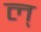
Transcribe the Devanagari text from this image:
ल्‌